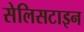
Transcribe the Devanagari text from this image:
सेलिसटाइन